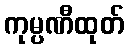
ကုမ္ပဏီထုတ်